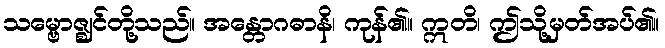
သမ္ဗောဇ္ဈင်တို့သည်။ အန္တောဂဓာနိ၊ ကုန်၏။ ဣတိ၊ ဤသို့မှတ်အပ်၏။